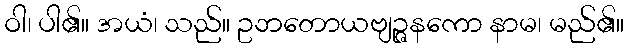
ဝါ၊ ပါ၏။ အယံ၊ သည်။ ဥဘတောယဗျဉ္ဇနကော နာမ၊ မည်၏။